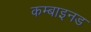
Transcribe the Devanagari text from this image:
कम्बाइनड